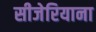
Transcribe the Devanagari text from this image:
सीजेरियाना